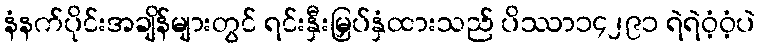
နံနက်ပိုင်းအချိန်များတွင် ရင်းနှီးမြှပ်နှံထားသည် ပိဿာ၁၄၂၉၁ ရဲရဲဝံ့ဝံ့ပဲ